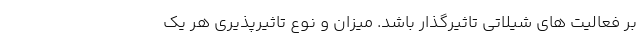
بر فعالیت های شیلاتی تاثیرگذار باشد. میزان و نوع تاثیرپذیری هر یک